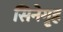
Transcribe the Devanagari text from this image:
सिनेगृह